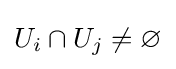
U_{i}\cap U_{j}\neq \varnothing